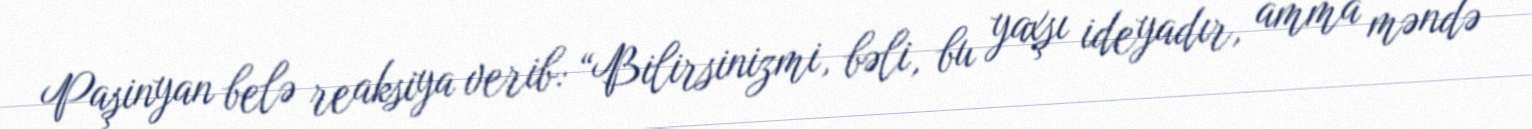
Paşinyan belə reaksiya verib: “Bilirsinizmi, bəli, bu yaxşı ideyadır, amma məndə